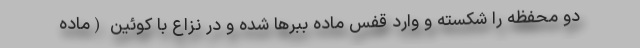
دو محفظه را شکسته و وارد قفس ماده ببرها شده و در نزاع با کوئین (ماده